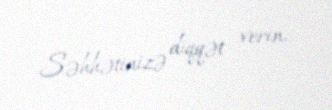
Səhhətinizə diqqət verin.